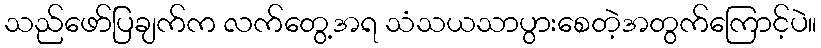
သည်ဖော်ပြချက်က လက်တွေ့အရ သံသယသာပွားစေတဲ့အတွက်ကြောင့်ပဲ။